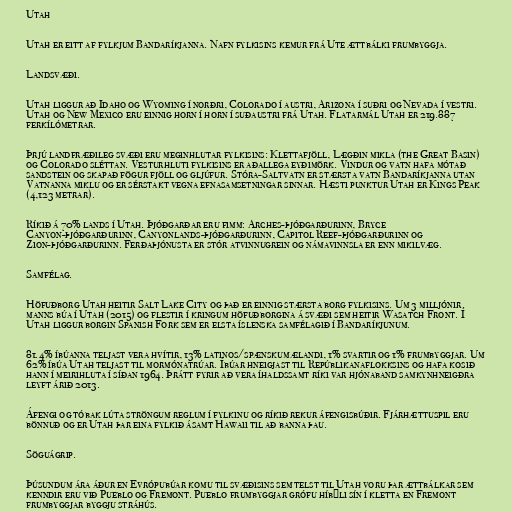
Utah

Utah er eitt af fylkjum Bandaríkjanna. Nafn fylkisins kemur frá Ute ættbálki frumbyggja.

Landsvæði.

Utah liggur að Idaho og Wyoming í norðri, Colorado í austri, Arizona í suðri og Nevada í vestri.
Utah og New Mexico eru einnig horn í horn í suðaustri frá Utah. Flatarmál Utah er 219.887
ferkílómetrar.

Þrjú landfræðileg svæði eru meginhlutar fylkisins: Klettafjöll, Lægðin mikla (the Great Basin)
og Colorado sléttan. Vesturhluti fylkisins er aðallega eyðimörk. Vindur og vatn hafa mótað
sandstein og skapað fögur fjöll og gljúfur. Stóra-Saltvatn er stærsta vatn Bandaríkjanna utan
Vatnanna miklu og er sérstakt vegna efnasamsetningar sinnar. Hæsti punktur Utah er Kings Peak
(4,123 metrar).

Ríkið á 70% lands í Utah. Þjóðgarðar eru fimm: Arches-þjóðgarðurinn, Bryce
Canyon-þjóðgarðurinn, Canyonlands-þjóðgarðurinn, Capitol Reef-þjóðgarðurinn og
Zion-þjóðgarðurinn. Ferðaþjónusta er stór atvinnugrein og námavinnsla er enn mikilvæg.

Samfélag.

Höfuðborg Utah heitir Salt Lake City og það er einnig stærsta borg fylkisins. Um 3 milljónir
manns búa í Utah (2015) og flestir í kringum höfuðborgina á svæði sem heitir Wasatch Front. Í
Utah liggur borgin Spanish Fork sem er elsta íslenska samfélagið í Bandaríkjunum.

81.4% íbúanna teljast vera hvítir, 13% latinos/spænskumælandi, 1% svartir og 1% frumbyggjar. Um
62% íbúa Utah teljast til mormónatrúar. Íbúar hneigjast til Repúblikanaflokksins og hafa kosið
hann í meirihluta í síðan 1964. Þrátt fyrir að vera íhaldssamt ríki var hjónaband samkynhneigðra
leyft árið 2013.

Áfengi og tóbak lúta ströngum reglum í fylkinu og ríkið rekur áfengisbúðir. Fjárhættuspil eru
bönnuð og er Utah þar eina fylkið ásamt Hawaii til að banna þau.

Söguágrip.

Þúsundum ára áður en Evrópubúar komu til svæðisins sem telst til Utah voru þar ættbálkar sem
kenndir eru við Pueblo og Fremont. Pueblo frumbyggjar grófu híbýli sín í kletta en Fremont
frumbyggjar byggju stráhús.